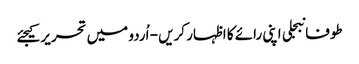
طوفانبجلی اپنی رائے کا اظہار کریں - اُردو میں تحریر کیجئے